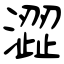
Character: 澀